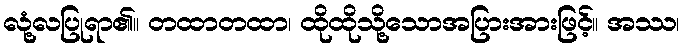
လုံ့လပြုရာ၏။ တထာတထာ၊ ထိုထိုသို့သောအပြားအားဖြင့်။ အဿ၊